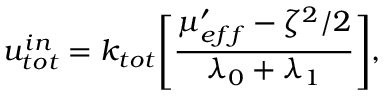
u _ { t o t } ^ { i n } = k _ { t o t } \Bigg [ \frac { \mu _ { e f f } ^ { \prime } - \zeta ^ { 2 } / 2 } { \lambda _ { 0 } + \lambda _ { 1 } } \Bigg ] ,